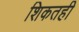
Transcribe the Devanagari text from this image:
शिकतही